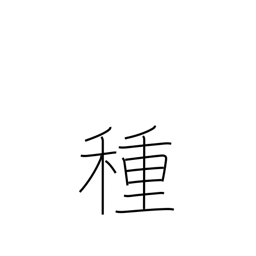
Meaning: seed